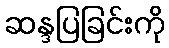
ဆန္ဒပြခြင်းကို